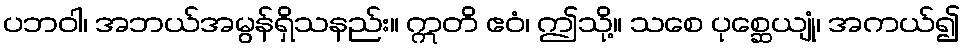
ပဘဝါ၊ အဘယ်အမွန်ရှိသနည်း။ ဣတိ ဧဝံ၊ ဤသို့။ သစေ ပုစ္ဆေယျုံ၊ အကယ်၍